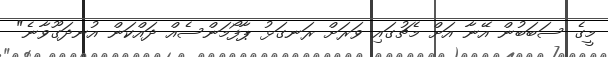
މީގެ ސަބަބުން އޭނާ އަށް މެޗުގައި ވަރަށް ރަނގަޅު ޕާފޯމަންސެއް ދައްކަން އުނދަގޫވާނެ"